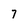
Character: 7